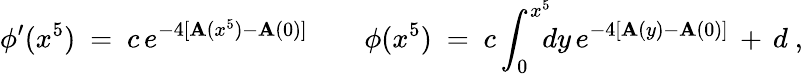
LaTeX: \phi^{\prime}(x^{5})\ =\ c\, e^{-4[\mathbf{A}(x^{5})-\mathbf{A}(0)]}\qquad\phi(x^{5})\ =\ c\int_{0}^{x^{5}}\! \! \! dy\, e^{-4[\mathbf{A}(y)-\mathbf{A}(0)]}\, +\, d\ ,